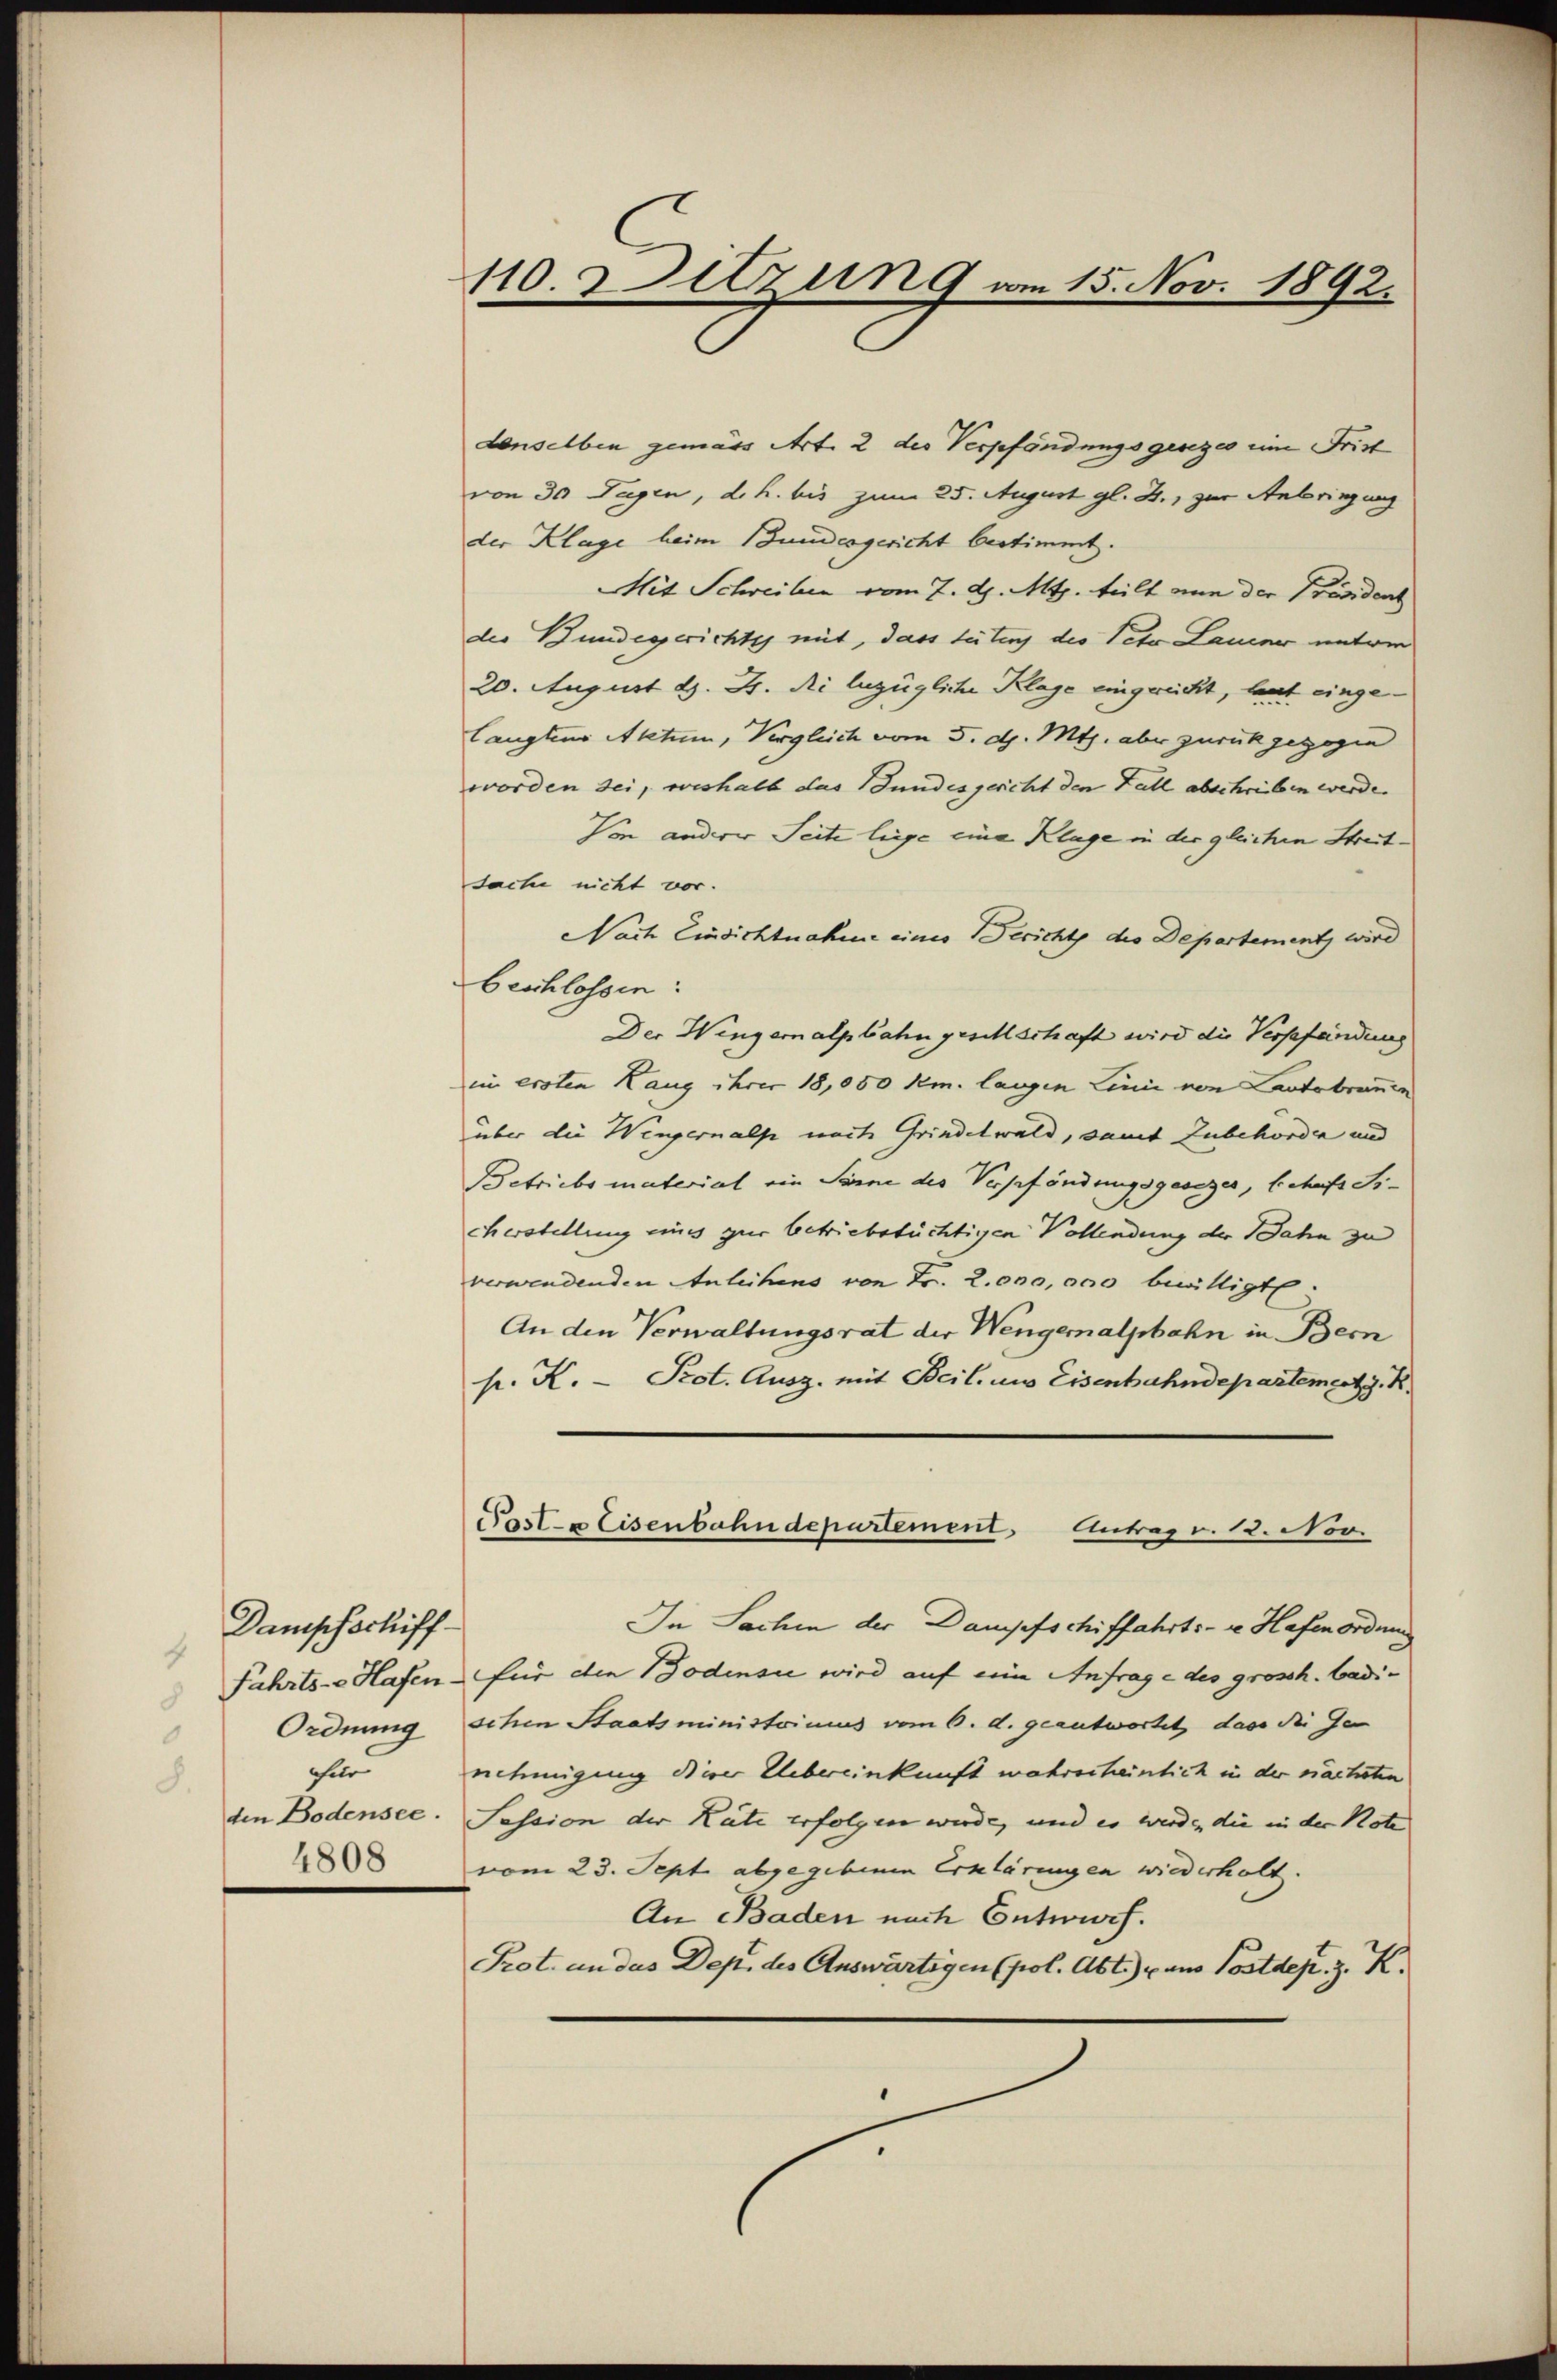
Dampfschiff
Fahrts- Hafen.
Ordnung
ofne
den Bodensee.
4808

110. Detzung vom 15. Nov. 1892.

Lenselben gemäss Art. 2 des Verpfändungsgesezes eine Frist
von 30 Tagen, d.h. bis zum 25. August gl. J., zur Anbringung
der Klage beim Bundesgericht bestimmt.
Mit Schreiben vom 7. d. Mts. teilt an der Präsident
der Bundegerichtes mit, dass seitens des Veto Lauer unter
20. August d. J. di bezügliche Klage eingereicht, laut eingelangten Aktum, Vergleich vom 5. d. Mts. aber zurückgezogen
worden sei, weshalb das Fundesgericht den Fall abschrieben werde.
Von anderer Seite liege eine Klage in die gleichen Streit¬
Sache nicht vor.
Nach Einsichtnahme eines Bericht des Departementz wird
beschlossen:
Der Wengernalpbahn gesellschaft wird die Verpfändung
im ersten Haug ihrer 18,000 km. langen Linie von Kantobrunnen
über die Wengernals nach Grindelwald, damit Zubehörden und
Betriebs material ein Sinne des Verpfändungsgesezer, behufs Ficherstellung eines zur betriebstüchtigen Vollendung der Bahn zu
verwendenden Anleihens von Fr. 2. 000,000 bewilligt.
An den Verwaltungsrat der Wengernalpbahn in Bern
p. K. Prot. Ausz. mit Beil. aus Eisenbahndepartement. K.
Pasle Eisenbahndepartement, Antrag. 12. Nov.
In Sachen der Dampfschiffahrts- u. Hafenordnung
für die Bodensi wird auf eine Anfrage des grossh. badischen Staatsministrinus vom 6. d. geantwortet dass die Ge
nehmigung dieser Uebereinkunft wahrscheinlich in der nächsten
Pession der Kate erfolgen wurde, und es werde, die in der Note
vom 23. Sept. abgegebenen Erklärungen wiederholt.
An Baden nach Entwisch.
Prot. an das Dep. des Auswärtigen (pol. Abt.) u. aus Postdep. z. K.